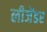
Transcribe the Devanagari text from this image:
लीजेंडर